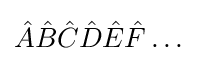
{\hat {A}}{\hat {B}}{\hat {C}}{\hat {D}}{\hat {E}}{\hat {F}}\ldots